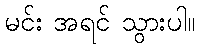
မင်း အရင် သွားပါ။